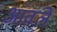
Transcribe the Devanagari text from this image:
आंवलें